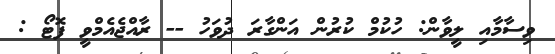
ވިސާމާއި ލީވާން: ހުކުމް ކުރުން އަންގާރަ ދުވަހު -- ރާއްޖެއެމްވީ ފޮޓޯ :